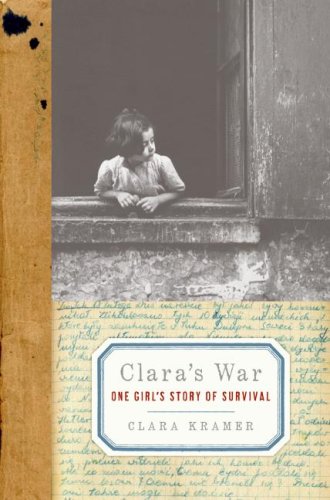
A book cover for Clara's War: One Girl's Story of Survival; Clara Kramer; Biographies & Memoirs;